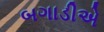
બગાડીએ